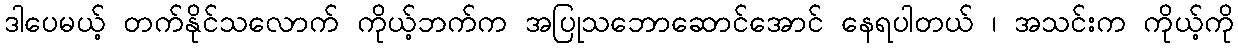
ဒါပေမယ့် တက်နိုင်သလောက် ကိုယ့်ဘက်က အပြုသဘောဆောင်အောင် နေရပါတယ် ၊ အသင်းက ကိုယ့်ကို